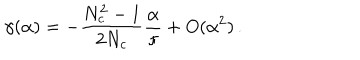
\gamma ( \alpha ) = - \frac { N _ { c } ^ { 2 } - 1 } { 2 N _ { c } } \frac { \alpha } { \pi } + O ( \alpha ^ { 2 } ) \, .